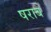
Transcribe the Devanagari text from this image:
षराब